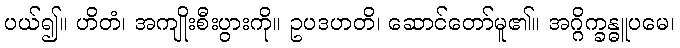
ပယ်၍။ ဟိတံ၊ အကျိုးစီးပွားကို။ ဥပဒဟတိ၊ ဆောင်တော်မူ၏။ အဂ္ဂိက္ခန္ဓူပမေ၊